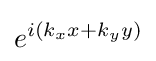
e^{i(k_{x}x+k_{y}y)}